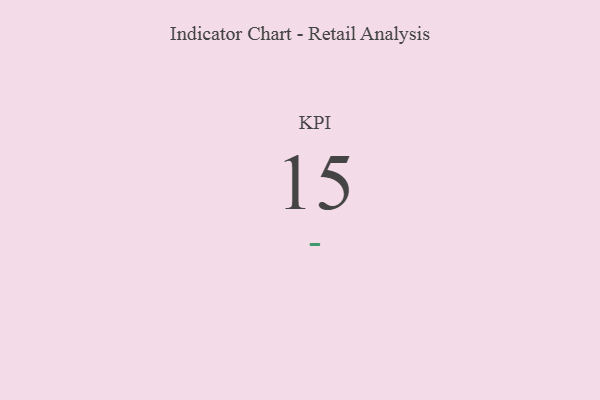
{"axis": {"x": "KPI", "y": "Value"}, "legend": [""], "data": [{"x": "KPI", "y": 15, "type": ""}]}